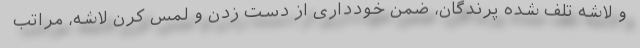
و لاشه تلف شده پرندگان، ضمن خودداری از دست زدن و لمس کرن لاشه، مراتب